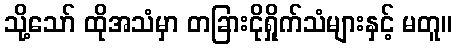
သို့သော် ထိုအသံမှာ တခြားငိုရှိုက်သံများနှင့် မတူ။